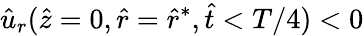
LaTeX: \hat{u}_{r}(\hat{z}=0,\hat{r}=\hat{r}^{*},\hat{t}<T/4)<0